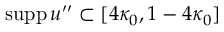
\mathrm { s u p p } \, u ^ { \prime \prime } \subset [ 4 \kappa _ { 0 } , 1 - 4 \kappa _ { 0 } ]